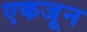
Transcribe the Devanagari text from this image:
एकजून